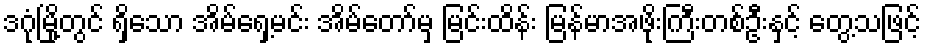
ဒဂုံမြို့တွင် ရှိသော အိမ်ရှေ့မင်း အိမ်တော်မှ မြင်းထိန်း မြန်မာအဖိုးကြီးတစ်ဦးနှင့် တွေ့သဖြင့်